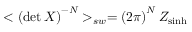
< \left( \operatorname * { d e t } X \right) ^ { - N } > _ { s w } = \left( 2 \pi \right) ^ { N } Z _ { \sinh }